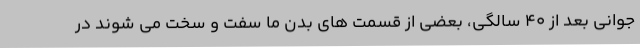
جوانی بعد از 40 سالگی، بعضی از قسمت های بدن ما سفت و سخت می شوند در